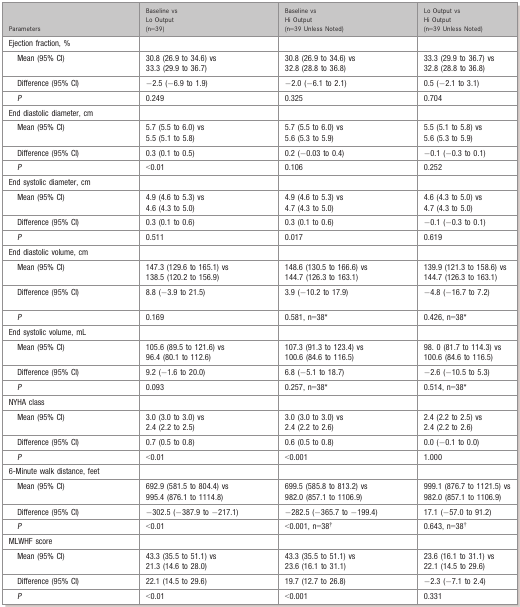
<table><thead><tr><td><b>Parameters</b></td><td><b>Baseline vs Lo Output(n=39)</b></td><td><b>Baseline vs Hi Output(n=39 Unless Noted)</b></td><td><b>Lo Output vs Hi Output(n=39 Unless Noted)</b></td></tr></thead><tbody><tr><td>Ejection fraction, %</td><td></td><td></td><td></td></tr><tr><td>Mean (95% CI)</td><td>30.8 (26.9 to 34.6) vs 33.3 (29.9 to 36.7)</td><td>30.8 (26.9 to 34.6) vs 32.8 (28.8 to 36.8)</td><td>33.3 (29.9 to 36.7) vs 32.8 (28.8 to 36.8)</td></tr><tr><td>Difference (95% CI)</td><td>−2.5 (−6.9 to 1.9)</td><td>−2.0 (−6.1 to 2.1)</td><td>0.5 (−2.1 to 3.1)</td></tr><tr><td><i>P</i></td><td>0.249</td><td>0.325</td><td>0.704</td></tr><tr><td>End diastolic diameter, cm</td><td></td><td></td><td></td></tr><tr><td>Mean (95% CI)</td><td>5.7 (5.5 to 6.0) vs 5.5 (5.1 to 5.8)</td><td>5.7 (5.5 to 6.0) vs 5.6 (5.3 to 5.9)</td><td>5.5 (5.1 to 5.8) vs 5.6 (5.3 to 5.9)</td></tr><tr><td>Difference (95% CI)</td><td>0.3 (0.1 to 0.5)</td><td>0.2 (−0.03 to 0.4)</td><td>−0.1 (−0.3 to 0.1)</td></tr><tr><td><i>P</i></td><td>&lt;0.01</td><td>0.106</td><td>0.252</td></tr><tr><td>End systolic diameter, cm</td><td></td><td></td><td></td></tr><tr><td>Mean (95% CI)</td><td>4.9 (4.6 to 5.3) vs 4.6 (4.3 to 5.0)</td><td>4.9 (4.6 to 5.3) vs 4.7 (4.3 to 5.0)</td><td>4.6 (4.3 to 5.0) vs 4.7 (4.3 to 5.0)</td></tr><tr><td>Difference (95% CI)</td><td>0.3 (0.1 to 0.6)</td><td>0.3 (0.1 to 0.6)</td><td>−0.1 (−0.3 to 0.1)</td></tr><tr><td><i>P</i></td><td>0.511</td><td>0.017</td><td>0.619</td></tr><tr><td>End diastolic volume, cm</td><td></td><td></td><td></td></tr><tr><td>Mean (95% CI)</td><td>147.3 (129.6 to 165.1) vs 138.5 (120.2 to 156.9)</td><td>148.6 (130.5 to 166.6) vs 144.7 (126.3 to 163.1)</td><td>139.9 (121.3 to 158.6) vs 144.7 (126.3 to 163.1)</td></tr><tr><td>Difference (95% CI)</td><td>8.8 (−3.9 to 21.5)</td><td>3.9 (−10.2 to 17.9)</td><td>−4.8 (−16.7 to 7.2)</td></tr><tr><td><i>P</i></td><td>0.169</td><td>0.581, n=38*</td><td>0.426, n=38*</td></tr><tr><td>End systolic volume, mL</td><td></td><td></td><td></td></tr><tr><td>Mean (95% CI)</td><td>105.6 (89.5 to 121.6) vs 96.4 (80.1 to 112.6)</td><td>107.3 (91.3 to 123.4) vs 100.6 (84.6 to 116.5)</td><td>98. 0 (81.7 to 114.3) vs 100.6 (84.6 to 116.5)</td></tr><tr><td>Difference (95% CI)</td><td>9.2 (−1.6 to 20.0)</td><td>6.8 (−5.1 to 18.7)</td><td>−2.6 (−10.5 to 5.3)</td></tr><tr><td><i>P</i></td><td>0.093</td><td>0.257, n=38*</td><td>0.514, n=38*</td></tr><tr><td>NYHA class</td><td></td><td></td><td></td></tr><tr><td>Mean (95% CI)</td><td>3.0 (3.0 to 3.0) vs 2.4 (2.2 to 2.5)</td><td>3.0 (3.0 to 3.0) vs 2.4 (2.2 to 2.6)</td><td>2.4 (2.2 to 2.5) vs 2.4 (2.2 to 2.6)</td></tr><tr><td>Difference (95% CI)</td><td>0.7 (0.5 to 0.8)</td><td>0.6 (0.5 to 0.8)</td><td>0.0 (−0.1 to 0.0)</td></tr><tr><td><i>P</i></td><td>&lt;0.01</td><td>&lt;0.001</td><td>1.000</td></tr><tr><td>6-Minute walk distance, feet</td><td></td><td></td><td></td></tr><tr><td>Mean (95% CI)</td><td>692.9 (581.5 to 804.4) vs 995.4 (876.1 to 1114.8)</td><td>699.5 (585.8 to 813.2) vs 982.0 (857.1 to 1106.9)</td><td>999.1 (876.7 to 1121.5) vs 982.0 (857.1 to 1106.9)</td></tr><tr><td>Difference (95% CI)</td><td>−302.5 (−387.9 to −217.1)</td><td>−282.5 (−365.7 to −199.4)</td><td>17.1 (−57.0 to 91.2)</td></tr><tr><td><i>P</i></td><td>&lt;0.01</td><td>&lt;0.001, n=38†</td><td>0.643, n=38†</td></tr><tr><td>MLWHF score</td><td></td><td></td><td></td></tr><tr><td>Mean (95% CI)</td><td>43.3 (35.5 to 51.1) vs 21.3 (14.6 to 28.0)</td><td>43.3 (35.5 to 51.1) vs 23.6 (16.1 to 31.1)</td><td>23.6 (16.1 to 31.1) vs 22.1 (14.5 to 29.6)</td></tr><tr><td>Difference (95% CI)</td><td>22.1 (14.5 to 29.6)</td><td>19.7 (12.7 to 26.8)</td><td>−2.3 (−7.1 to 2.4)</td></tr><tr><td><i>P</i></td><td>&lt;0.01</td><td>&lt;0.001</td><td>0.331</td></tr></tbody></table>